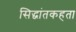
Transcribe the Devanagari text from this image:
सिद्धांतकहता